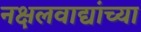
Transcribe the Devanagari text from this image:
नक्षलवाद्यांच्या